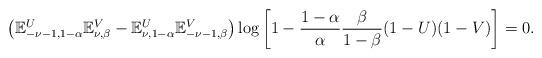
LaTeX: \begin{align*}\left( \mathbb E_{-\nu-1,1-\alpha\vphantom{\beta}}^{U} \mathbb E_{\nu,\beta}^{V}-\mathbb E_{\nu,1-\alpha\vphantom{\beta}}^{U} \mathbb E_{-\nu-1,\beta}^{V} \right)\log\left[ 1-\frac{1-\alpha}{\alpha}\frac{\beta}{1-\beta}(1-U)(1-V)\right]=0.\end{align*}